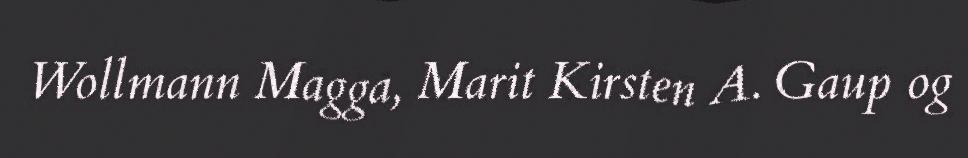
Wollmann Magga, Marit Kirsten A. Gaup og